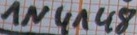
Text: 1N4148